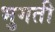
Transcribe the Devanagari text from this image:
भुगती